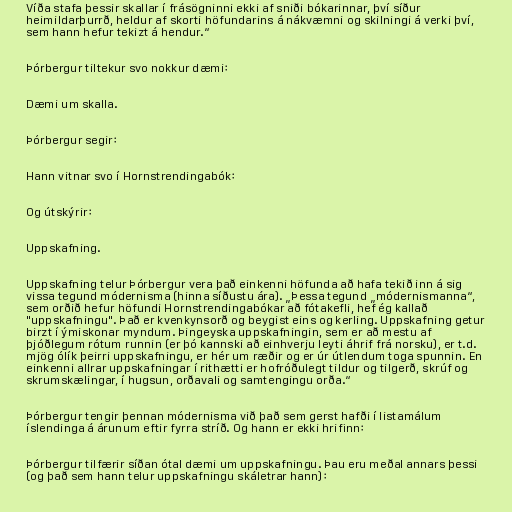
Víða stafa þessir skallar í frásögninni ekki af sniði bókarinnar, því síður
heimildarþurrð, heldur af skorti höfundarins á nákvæmni og skilningi á verki því,
sem hann hefur tekizt á hendur.“

Þórbergur tiltekur svo nokkur dæmi:

Dæmi um skalla.

Þórbergur segir:

Hann vitnar svo í Hornstrendingabók:

Og útskýrir:

Uppskafning.

Uppskafning telur Þórbergur vera það einkenni höfunda að hafa tekið inn á sig
vissa tegund módernisma (hinna síðustu ára). „Þessa tegund „módernismanna“,
sem orðið hefur höfundi Hornstrendingabókar að fótakefli, hef ég kallað
"uppskafningu". Það er kvenkynsorð og beygist eins og kerling. Uppskafning getur
birzt í ýmiskonar myndum. Þingeyska uppskafningin, sem er að mestu af
þjóðlegum rótum runnin (er þó kannski að einhverju leyti áhrif frá norsku), er t.d.
mjög ólík þeirri uppskafningu, er hér um ræðir og er úr útlendum toga spunnin. En
einkenni allrar uppskafningar í rithætti er hofróðulegt tildur og tilgerð, skrúf og
skrumskælingar, í hugsun, orðavali og samtengingu orða.“

Þórbergur tengir þennan módernisma við það sem gerst hafði í listamálum
íslendinga á árunum eftir fyrra stríð. Og hann er ekki hrifinn:

Þórbergur tilfærir síðan ótal dæmi um uppskafningu. Þau eru meðal annars þessi
(og það sem hann telur uppskafningu skáletrar hann):